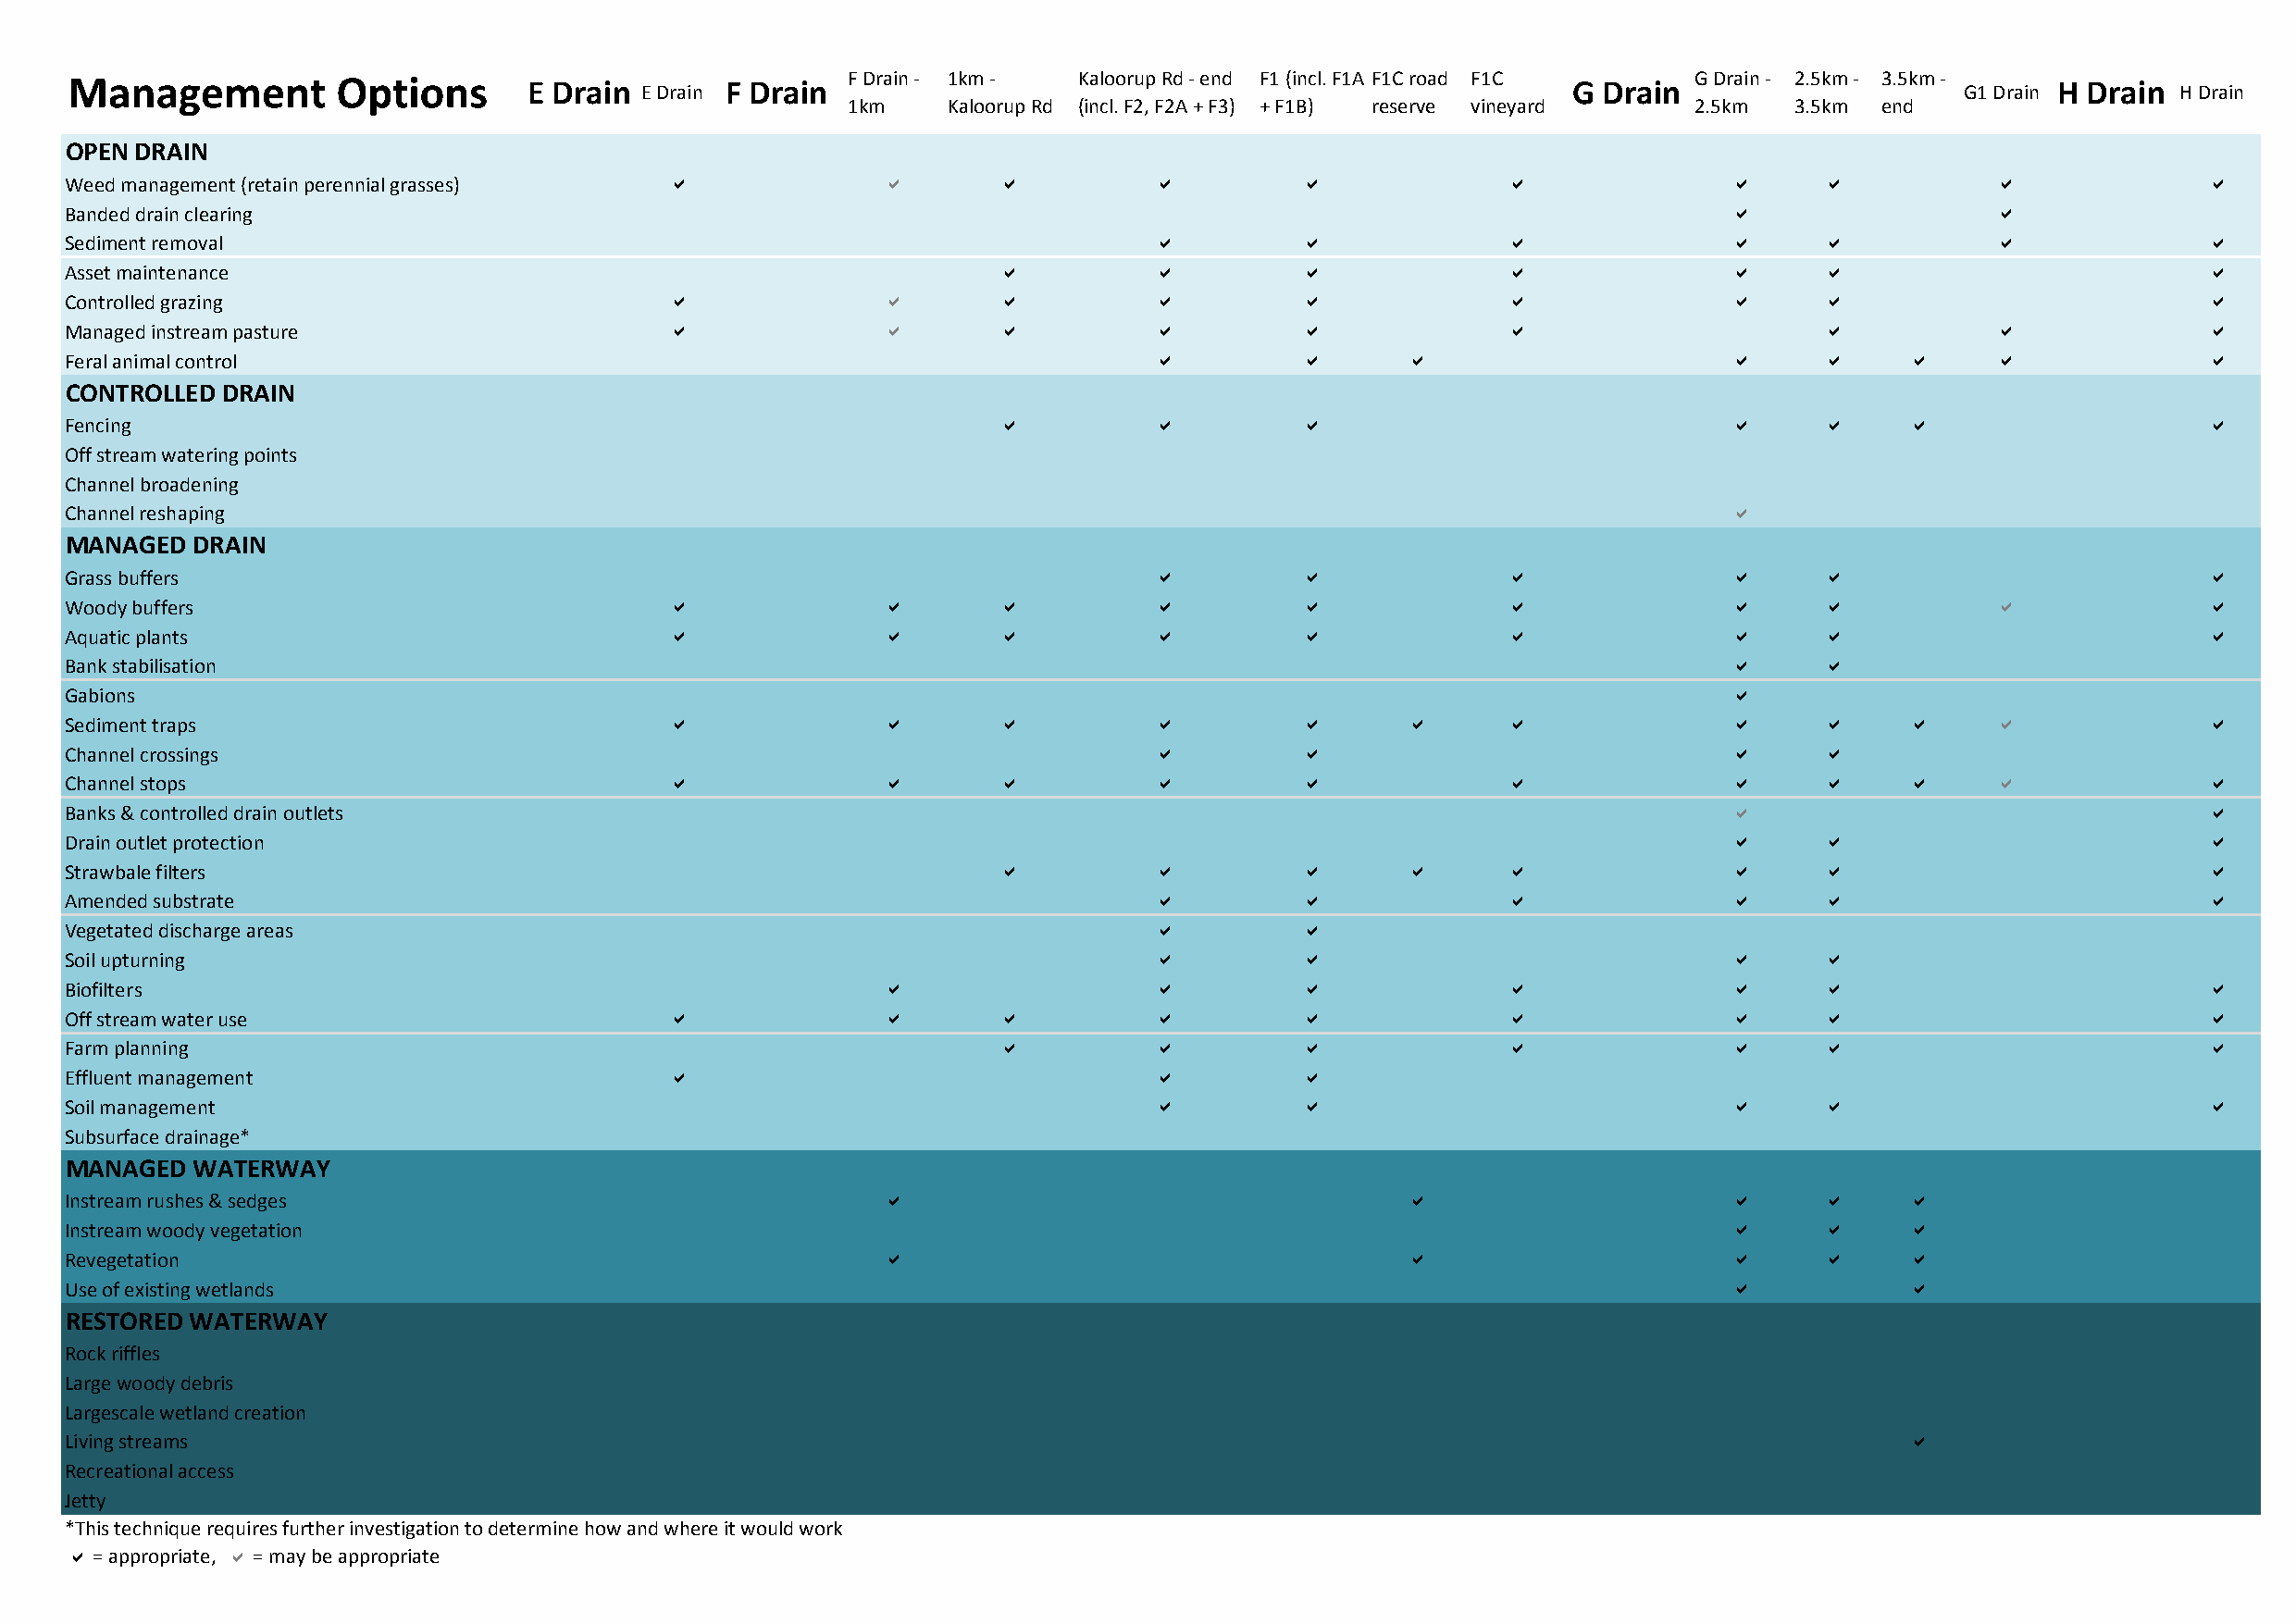
Management         Options       E Drain E Drain F Drain F Drain - 1km - Kaloorup Rd - end F1 (incl. F1A F1C road F1C G Drain G Drain - 2.5km - 3.5km - G1 Drain H Drain H Drain
 1km    Kaloorup Rd (incl. F2, F2A + F3) + F1B) reserve vineyard 2.5km 3.5km end
 OPEN DRAIN
 Weed management (retain perennial grasses) a              a       a           a         a              a               a     a            a              a
 Banded drain clearing                                                                                                  a                  a
 Sediment removal                                                              a         a              a               a     a            a              a
 Asset maintenance                                                 a           a         a              a               a     a                           a
 Controlled grazing                         a              a       a           a         a              a               a     a                           a
 Managed instream pasture                   a              a       a           a         a              a                     a            a              a
 Feral animal control                                                          a         a       a                      a     a      a     a              a
 CONTROLLED DRAIN
 Fencing                                                           a           a         a                              a     a      a                    a
 Off stream watering points
 Channel broadening
 Channel reshaping                                                                                                      a
 MANAGED  DRAIN
 Grass buffers                                                                 a         a              a               a     a                           a
 Woody buffers                              a              a       a           a         a              a               a     a            a              a
 Aquatic plants                             a              a       a           a         a              a               a     a                           a
 Bank stabilisation                                                                                                     a     a
 Gabions                                                                                                                a
 Sediment traps                             a              a       a           a         a       a      a               a     a      a     a              a
 Channel crossings                                                             a         a                              a     a
 Channel stops                              a              a       a           a         a              a               a     a      a     a              a
 Banks & controlled drain outlets                                                                                       a                                 a
 Drain outlet protection                                                                                                a     a                           a
 Strawbale filters                                                 a           a         a       a      a               a     a                           a
 Amended substrate                                                             a         a              a               a     a                           a
 Vegetated discharge areas                                                     a         a
 Soil upturning                                                                a         a                              a     a
 Biofilters                                                a                   a         a              a               a     a                           a
 Off stream water use                       a              a       a           a         a              a               a     a                           a
 Farm planning                                                     a           a         a              a               a     a                           a
 Effluent management                        a                                  a         a
 Soil management                                                               a         a                              a     a                           a
 Subsurface drainage*
 MANAGED  WATERWAY
 Instream rushes & sedges                                  a                                     a                      a     a      a
 Instream woody vegetation                                                                                              a     a      a
 Revegetation                                              a                                     a                      a     a      a
 Use of existing wetlands                                                                                               a            a
 RESTORED WATERWAY
 Rock riffles
 Large woody debris
 Largescale wetland creation
 Living streams                                                                                                                      a
 Recreational access
 Jetty
 *This technique requires further investigation to determine how and where it would work
 a = appropriate, a = may be appropriate